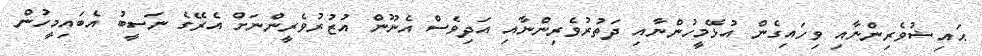
ޙައިޟުވެރިންނާއި ވިހައިގެން އުޅޭމީހުންނާއި ދަތުރުވެރިންނާއި އަދިވެސް އެނޫން އުޒުރުވެރީންނަށް އެރޭގެ ނަސީބު އެބައިމީހުން